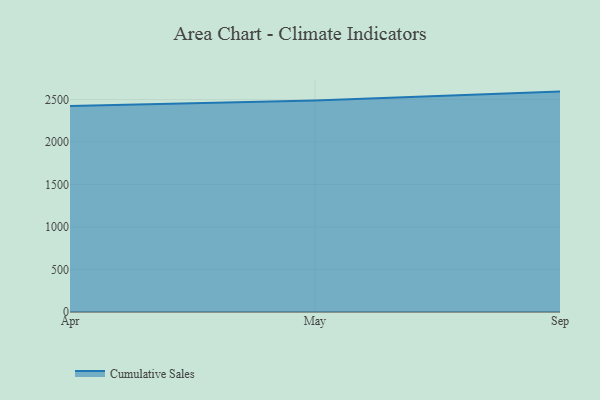
{"axis": {"x": "Month", "y": "Shipments"}, "legend": ["Cumulative Sales"], "data": [{"x": "Apr", "y": 2424.3, "type": "Cumulative Sales"}, {"x": "May", "y": 2488.8, "type": "Cumulative Sales"}, {"x": "Sep", "y": 2593.9, "type": "Cumulative Sales"}]}